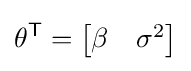
\mathbf {\theta } ^{\mathsf {T}}={\begin{bmatrix}\beta &\sigma ^{2}\end{bmatrix}}